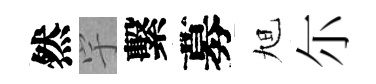
然宇繫募旭尓